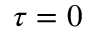
\tau = 0